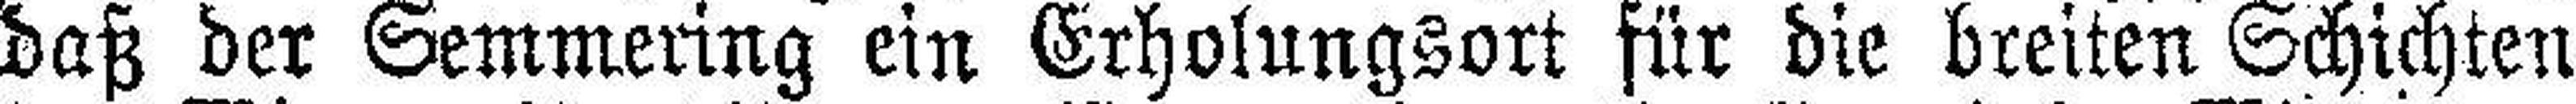
daß der Semmering ein Erholungsort für die breiten Schichten